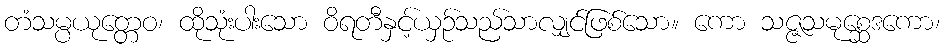
တံသမ္ပယုတ္တေဝ၊ ထိုသုံးပါးသော ဝိရတီနှင့်ယှဉ်သည်သာလျှင်ဖြစ်သော။ ကော သဇ္ဇသမုစ္ဆေဒကော၊